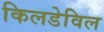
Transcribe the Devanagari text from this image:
किलडेविल